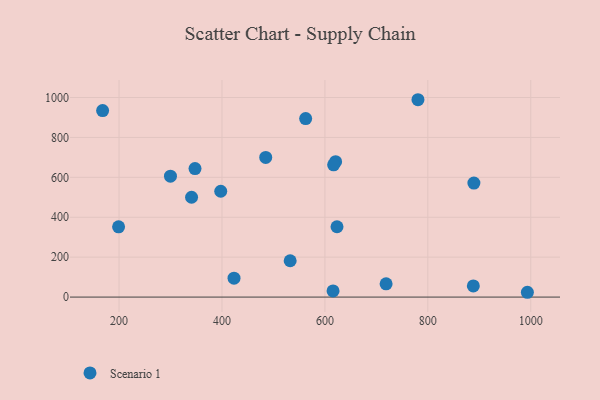
{"axis": {"x": "Experience", "y": "Fuel Efficiency"}, "legend": ["Scenario 1"], "data": [{"x": "993.4", "y": 24.1, "type": "Scenario 1"}, {"x": "168.1", "y": 934.7, "type": "Scenario 1"}, {"x": "347.6", "y": 644.1, "type": "Scenario 1"}, {"x": "562.6", "y": 894.4, "type": "Scenario 1"}, {"x": "485.0", "y": 699.8, "type": "Scenario 1"}, {"x": "889.5", "y": 571.3, "type": "Scenario 1"}, {"x": "888.4", "y": 55.7, "type": "Scenario 1"}, {"x": "615.8", "y": 31.1, "type": "Scenario 1"}, {"x": "780.8", "y": 988.9, "type": "Scenario 1"}, {"x": "423.4", "y": 94.5, "type": "Scenario 1"}, {"x": "299.9", "y": 605.7, "type": "Scenario 1"}, {"x": "623.5", "y": 352.4, "type": "Scenario 1"}, {"x": "199.1", "y": 352.2, "type": "Scenario 1"}, {"x": "532.5", "y": 182.1, "type": "Scenario 1"}, {"x": "620.8", "y": 678.5, "type": "Scenario 1"}, {"x": "616.9", "y": 662.9, "type": "Scenario 1"}, {"x": "397.6", "y": 530.2, "type": "Scenario 1"}, {"x": "340.9", "y": 500.2, "type": "Scenario 1"}, {"x": "718.9", "y": 66.3, "type": "Scenario 1"}]}